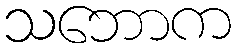
သဘောက